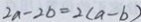
2 a - 2 b = 2 ( a - b )